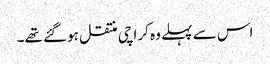
اس سے پہلے وہ کراچی منتقل ہوگئے تھے۔